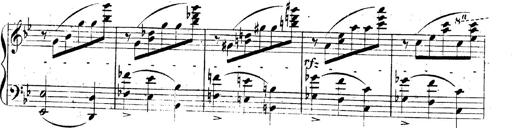
Title: 3 Caprices-Valses
Composer: Franz Liszt